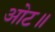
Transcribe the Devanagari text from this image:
ओट॥